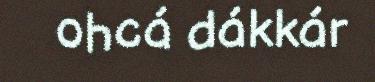
ohcá dákkár